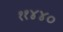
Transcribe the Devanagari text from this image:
११४४०